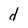
Character: d